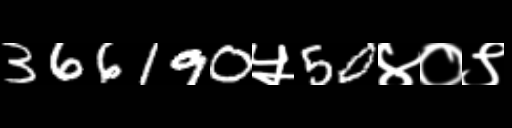
Text: 366190५50४०९